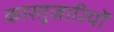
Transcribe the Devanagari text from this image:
कारग़ुज़ारियों